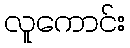
လူကောင်း